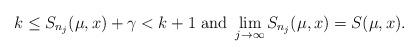
LaTeX: \begin{align*}k\leq S_{n_j}(\mu,x)+\gamma<k+1\mbox{ and } \lim_{j\to \infty} S_{n_j}(\mu,x)=S(\mu,x).\end{align*}